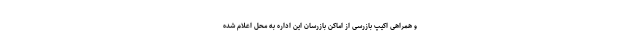
و همراهی اکیپ بازرسی از اماکن بازرسان این اداره به محل اعلام شده